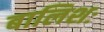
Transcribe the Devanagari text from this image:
बालिशः